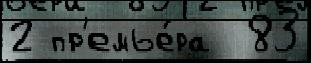
2 пр'емье́ра  83